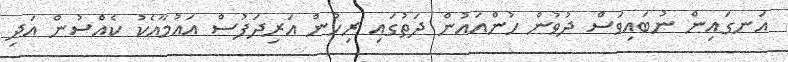
އަނގައިން ނުބައިވަސް ދުވުން ހުންއައުން ދަތުގައި ރިހުން އަރިދަފުސް އައުމާއެކު ކެއްސުން އަދި